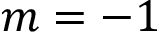
m = - 1